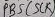
Text: PB5